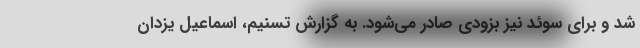
شد و برای سوئد نیز بزودی صادر می‌شود. به گزارش تسنیم، اسماعیل یزدان